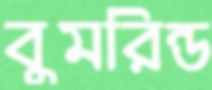
বুমরিন্ড